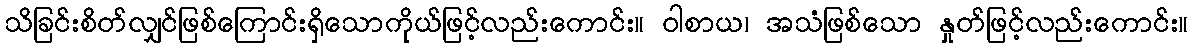
သိခြင်းစိတ်လျှင်ဖြစ်ကြောင်းရှိသောကိုယ်ဖြင့်လည်းကောင်း။ ဝါစာယ၊ အသံဖြစ်သော နှုတ်ဖြင့်လည်းကောင်း။